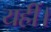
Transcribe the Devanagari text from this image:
यहीं।